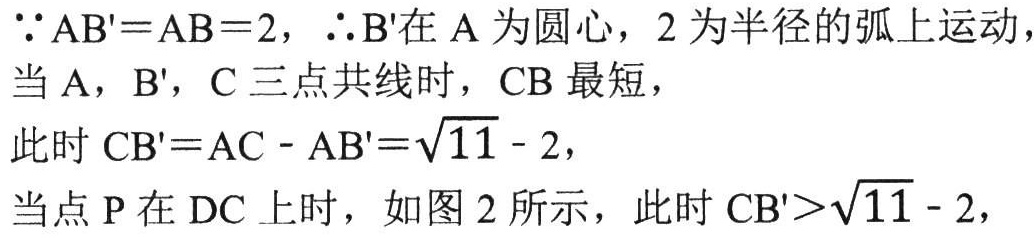
$\because \mathrm{AB}'=\mathrm{AB}=2,\ \therefore \mathrm{B}'\text{在A为圆心，}2\text{为半径的弧上运动}，\\
\text{当A，B}'，\text{C三点共线时，CB最短}，\\
\text{此时}\mathrm{CB}'=\mathrm{AC}-\mathrm{AB}'=\sqrt{11}-2，\\
\text{当点P在DC上时，如图2所示，此时}\mathrm{CB}'>\sqrt{11}-2，$